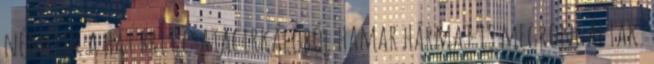
németek a hat brit csatacirkálóból hamar hármat is megrongáltak.